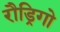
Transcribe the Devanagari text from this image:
रौड्रिगो